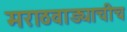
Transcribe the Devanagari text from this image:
मराठवाड्याचीच